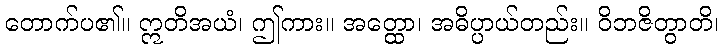
တောက်ပ၏။ ဣတိအယံ၊ ဤကား။ အတ္ထော၊ အဓိပ္ပာယ်တည်း။ ဝိဘဇိတွာတိ၊